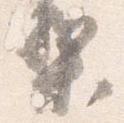
梨